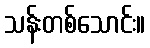
သန်းတစ်သောင်း။